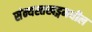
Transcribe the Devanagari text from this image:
संन्यस्तखड्गमधील